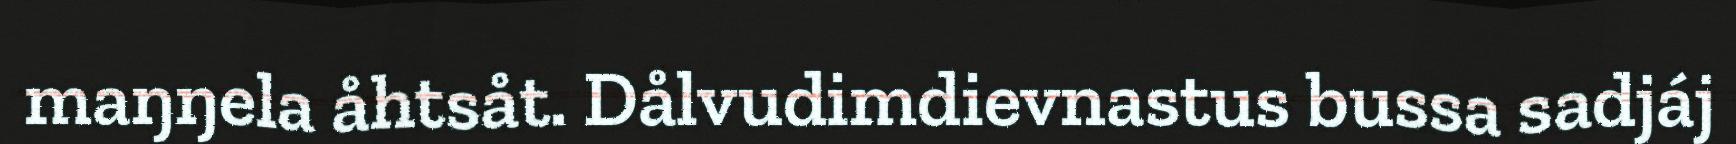
maŋŋela åhtsåt. Dålvudimdievnastus bussa sadjáj